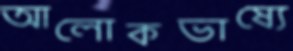
আলোকভাষ্যে